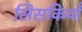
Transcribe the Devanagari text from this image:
सिसकियाँ